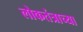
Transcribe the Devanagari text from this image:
लोकतंत्राच्या